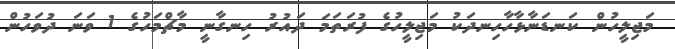
މަޖިލީހުން ކަނޑަނާޅާހާހިނދަކު މަޖިލީހުގެ ފުރަތަމަ ދައުރު ހިނގާނީ މާޗްމަހުގެ 1 ވަނަ ދުވަހުން